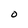
Character: 0